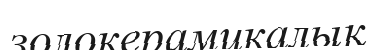
золокерамикалық